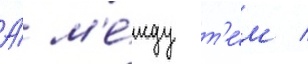
А́ м'е́жду т'е́м /